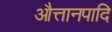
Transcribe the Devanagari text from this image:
औत्तानपादि